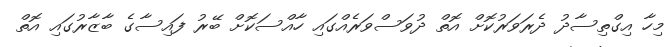
މިހާ އިގްތިސާދު ދެރަވަރުކޮށް އޮތް ދުވަސްވަރެއްގައި ހާއްސަކޮށް ބޭރު ފައިސާގެ ބާޒާރުގައި އޮތް